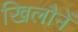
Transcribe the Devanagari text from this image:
खिलौनें